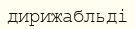
дирижабльді